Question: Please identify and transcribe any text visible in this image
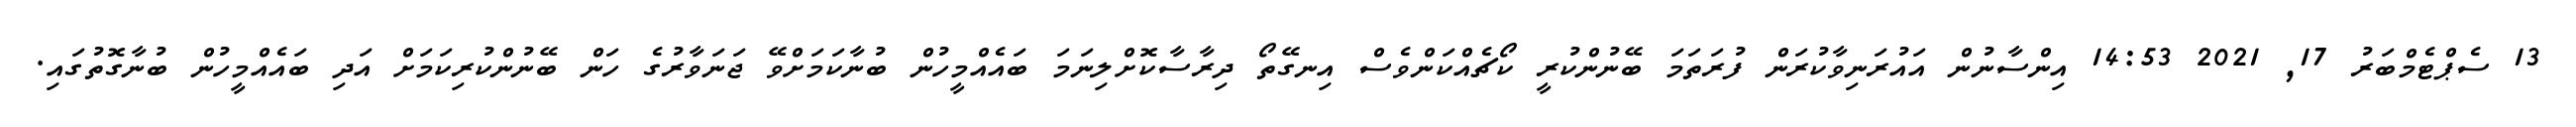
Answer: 13 ސެޕްޓެމްބަރު 17, 2021 14:53 އިންސާނުން އައުރަނިވާކުރަން ފުރަތަމަ ބޭނުންކުރީ ކޯޗެއްކަންވެސް އިނގޭތޯ ދިރާސާކޮށްލިނަމަ ބައެއްމީހުން ބުނާކަމަށްވޭ ޖަނަވާރުގެ ހަން ބޭނުންކުރިކަމަށް އަދި ބައެއްމީހުން ބުނާގޮތުގައި.